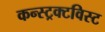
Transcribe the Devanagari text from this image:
कन्स्ट्रक्टविस्ट